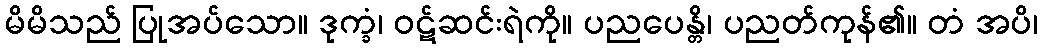
မိမိသည် ပြုအပ်သော။ ဒုက္ခံ၊ ဝဋ်ဆင်းရဲကို။ ပညပေန္တိ၊ ပညတ်ကုန်၏။ တံ အပိ၊